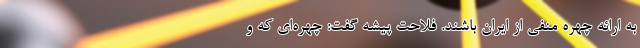
به ارائه چهره‌ منفی از ایران باشند. فلاحت پیشه گفت:‌ چهره‌ای که و